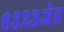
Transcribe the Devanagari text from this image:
६३२३जेड